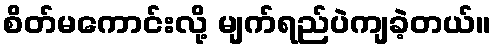
စိတ်မကောင်းလို့ မျက်ရည်ပဲကျခဲ့တယ်။